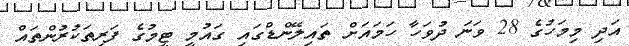
އަދި މިމަހުގެ 28 ވަނަ ދުވަހާ ހަމައަށް ތައިލޭންޑްގައި ގައުމީ ޓީމުގެ ފަރިތަކުރުންތައް